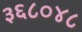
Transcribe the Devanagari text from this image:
३६८०४८